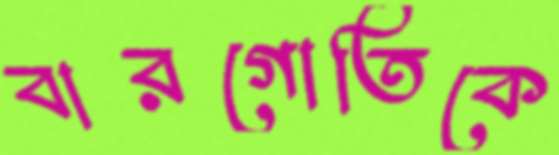
বারগোতিকে